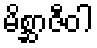
မိစ္ဆာဇီဝါ